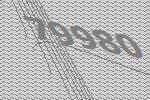
79980